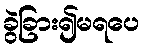
ခွဲခြား၍မရပေ